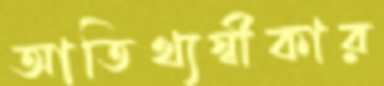
আতিথ্যস্বীকার